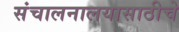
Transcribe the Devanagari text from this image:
संचालनालयासाठीचे